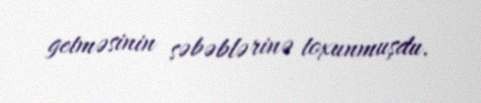
getməsinin səbəblərinə toxunmuşdu.